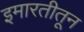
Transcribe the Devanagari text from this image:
इमारतीतून